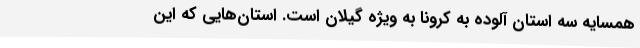
همسایه سه استان آلوده به کرونا به ویژه گیلان است. استان‌هایی که این